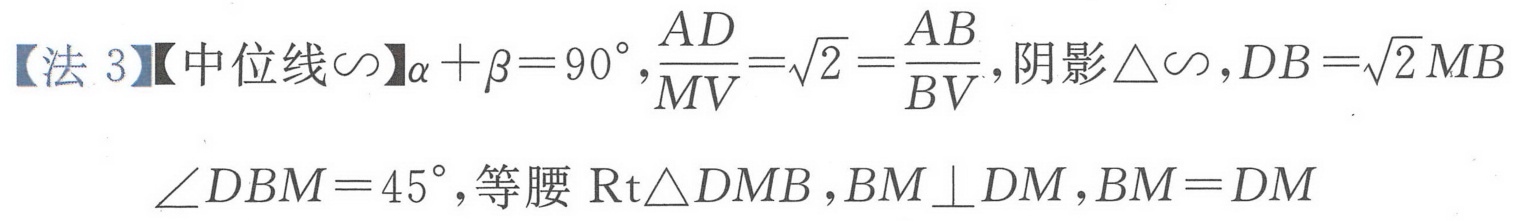
【法 3】【中位线$\backsim$】$\alpha+\beta = 90^{\circ},\frac{AD}{MV}=\sqrt{2}=\frac{AB}{BV}$, 阴影$\triangle\backsim,DB = \sqrt{2}MB$
$\angle DBM = 45^{\circ}$, 等腰$\text{Rt}\triangle DMB,BM\perp DM,BM = DM$